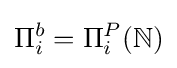
\Pi _{i}^{b}=\Pi _{i}^{P}(\mathbb {N} )